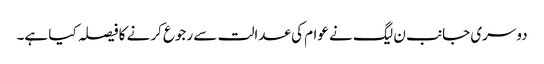
دوسری جانب ن لیگ نے عوام کی عدالت سے رجوع کرنے کا فیصلہ کیا ہے۔